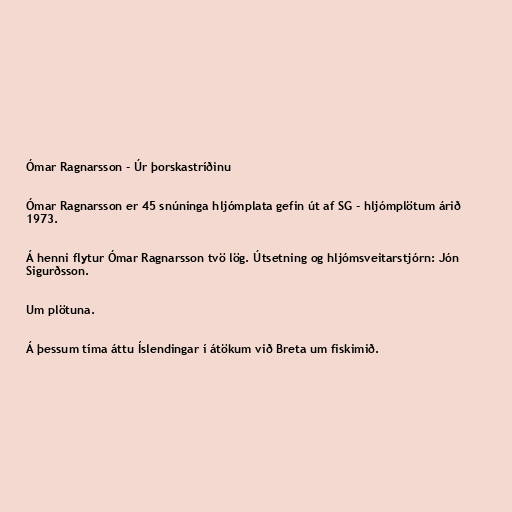
Ómar Ragnarsson - Úr þorskastríðinu

Ómar Ragnarsson er 45 snúninga hljómplata gefin út af SG - hljómplötum árið
1973.

Á henni flytur Ómar Ragnarsson tvö lög. Útsetning og hljómsveitarstjórn: Jón
Sigurðsson.

Um plötuna.

Á þessum tíma áttu Íslendingar í átökum við Breta um fiskimið.